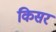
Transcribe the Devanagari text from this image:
किसर